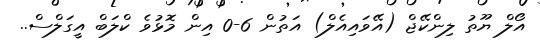
އޯލް ޔޫތު ލިންކޭޖް (އޭވައިއެލް) އަތުން 6-0 އިން މޮޅުވެ ކްލަބް އީގަލްސް..